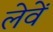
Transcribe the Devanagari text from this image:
लेवें